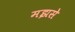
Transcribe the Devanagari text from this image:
मझसे